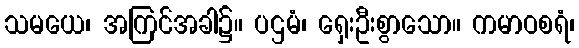
သမယေ၊ အကြင်အခါ၌။ ပဌမံ၊ ရှေးဦးစွာသော။ ကမာဝစရံ၊